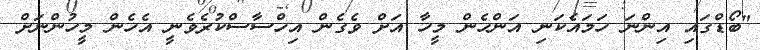
"ބޯޑްގައި އިންނަ ހަމައެކަނި އަންހެން މީހާ އަށް ވެގެން އިހްސާސްކުރެވެނީ އެހެން މީހުންނަށް